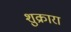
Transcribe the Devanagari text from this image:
शुक्रारा